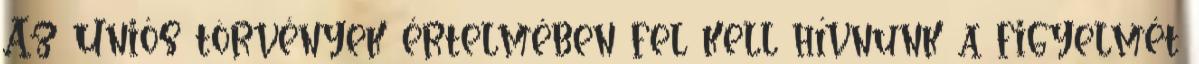
Az Uniós törvények értelmében fel kell hívnunk a figyelmét